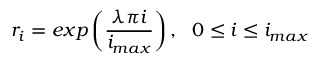
r _ { i } = e x p \left( \frac { \lambda \pi i } { i _ { m a x } } \right) , \ \ 0 \leq i \leq i _ { m a x }